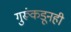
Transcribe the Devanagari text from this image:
गुरूंकडूनही